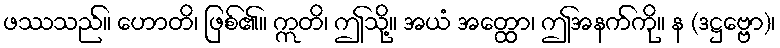
ဖဿသည်။ ဟောတိ၊ ဖြစ်၏။ ဣတိ၊ ဤသို့။ အယံ အတ္ထော၊ ဤအနက်ကို။ န (ဒဋ္ဌဗ္ဗော)၊